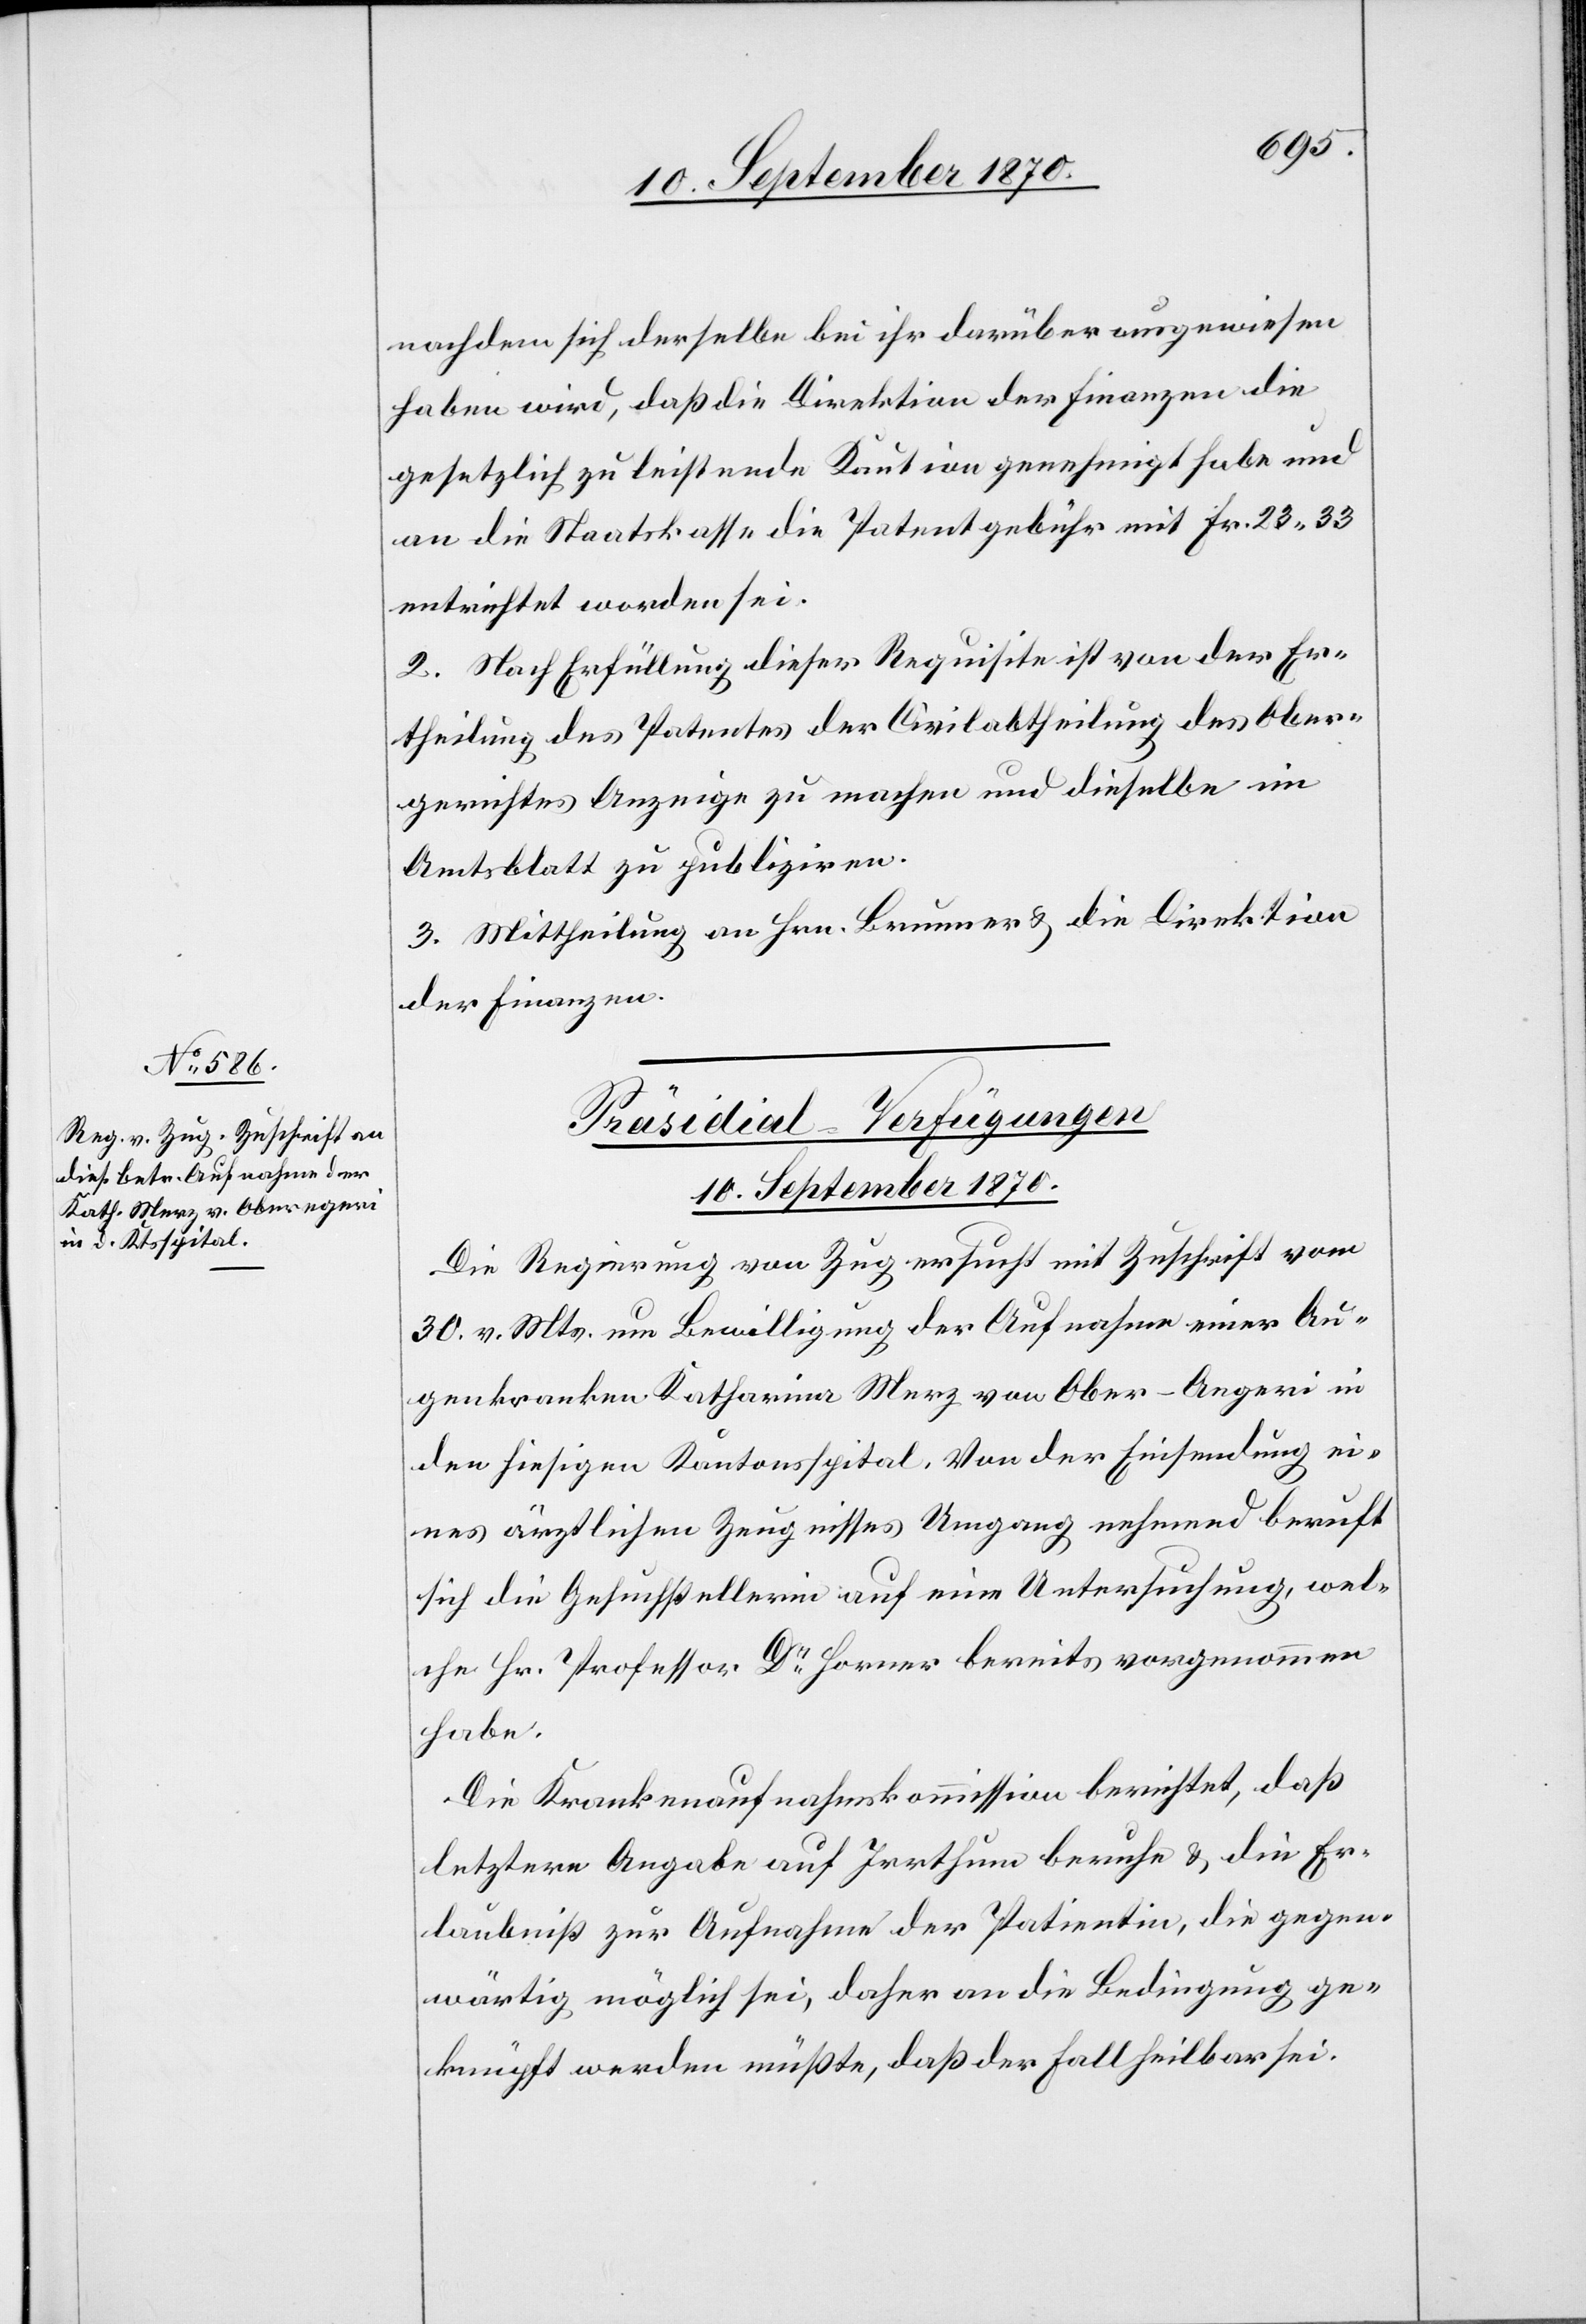
nachdem sich derselbe bei ihr darüber ausgewiesen
haben wird, daß die Direktion der Finanzen die
gesetzlich zu leistende Kaution genehmigt habe und
an die Staatskasse die Patentgebühr mit Fr. 23.33
entrichtet worden sei.
2. Nach Erfüllung dieser Requisite [ist] von der Er¬
theilung des Patentes der Civilabtheilung des Ober¬
gerichtes Anzeige zu machen und dieselbe im
Amtsblatt zu publiziren.
3. Mittheilung an Hrn. Brunner & die Direktion
der Finanzen.
Präsidial-Verfügungen
10. September 1870.
Die Regierung von Zug ersucht mit Zuschrift vom
30. v. Mts. um Bewilligung der Aufnahme einer Au¬
genkranken Katharina Merz von Ober-Aegeri
den hiesigen Kantonsspital. Von der Einsendung ei¬
nes ärztlichen Zeugnisses Umgang nehmend beruft
sich die Gesuchstellerin auf eine Untersuchung, wel¬
che Hr. Professor Dr Horner bereits vorgenommen
habe.
Die Krankenaufnahmskommission berichtet, daß
letztere Angabe auf Irrthum beruhe & die Er¬
laubniß zur Aufnahme der Patientin, die gegen¬
wärtig möglich sei, daher an die Bedingung ge¬
knüpft werden müßte, daß der Fall heilbar sei.